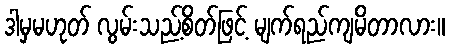
ဒါမှမဟုတ် လွမ်းသည့်စိတ်ဖြင့် မျက်ရည်ကျမိတာလား။